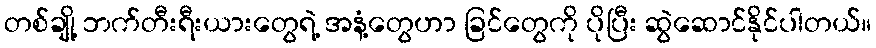
တစ်ချို့ ဘက်တီးရီးယားတွေရဲ့ အနံ့တွေဟာ ခြင်တွေကို ပိုပြီး ဆွဲဆောင်နိုင်ပါတယ်။